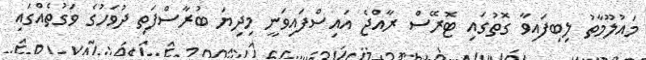
މައުލޫމާތު ލިބިފައިވާ ގޮތުގައި ޓޮރޭސް ރާއްޖެ އައިސްފައިވަނީ މިދިޔަ ބުރާސްފަތި ދުވަހުގެ ވަގުތެއްގައި